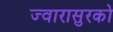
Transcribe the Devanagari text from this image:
ज्वारासुरको